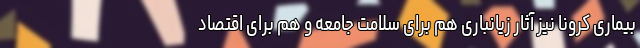
بیماری کرونا نیز آثار زیانباری هم برای سلامت جامعه و هم برای اقتصاد